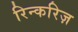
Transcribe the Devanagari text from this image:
रिन्करिज़